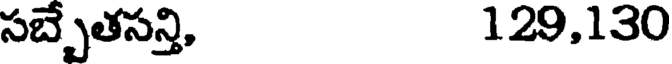
సబ్బేతసన్తి, 129,130